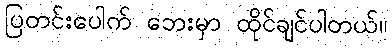
ပြတင်းပေါက် ဘေးမှာ ထိုင်ချင်ပါတယ်။